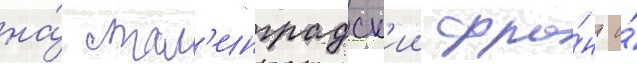
на́ стал'инградск'ии фро́нт и́